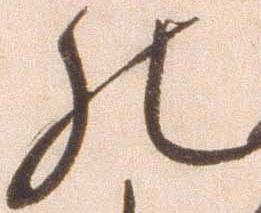
の